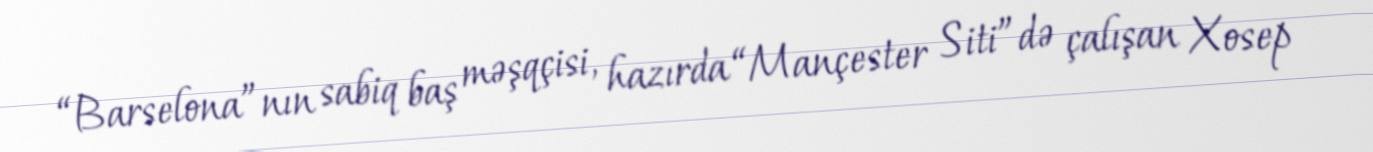
“Barselona”nın sabiq baş məşqçisi, hazırda “Mançester Siti”də çalışan Xosep